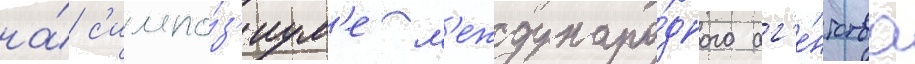
на́ с'импо́з'иум'е м'еждунаро́дного аг'е́нтства